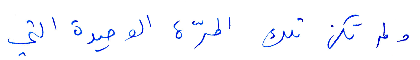
ولم تكن تلك المرّة الوحيدة التي